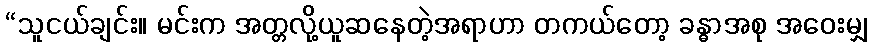
“သူငယ်ချင်း။ မင်းက အတ္တလို့ယူဆနေတဲ့အရာဟာ တကယ်တော့ ခန္ဓာအစု အဝေးမျှ